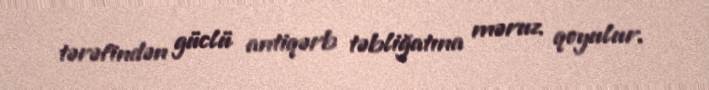
tərəfindən güclü antiqərb təbliğatına məruz qoyulur.